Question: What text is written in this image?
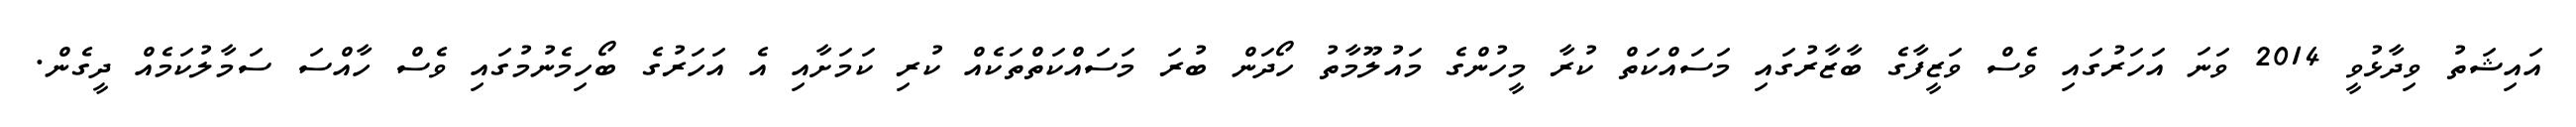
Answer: އައިޝަތު ވިދާޅުވީ 2014 ވަނަ އަހަރުގައި ވެސް ވަޒީފާގެ ބާޒާރުގައި މަސައްކަތް ކުރާ މީހުންގެ މައުލޫމާތު ހޯދަން ބުރަ މަސައްކަތްތަކެއް ކުރި ކަމަށާއި އެ އަހަރުގެ ބޯހިމެނުމުގައި ވެސް ހާއްސަ ސަމާލުކަމެއް ދީގެން.